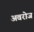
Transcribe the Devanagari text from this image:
अवरोज